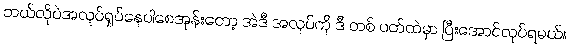
ဘယ်လိုပဲအလုပ်ရှုပ်နေပါစေအုန်းတော့ အဲဒီ အလုပ်ကို ဒီ တစ် ပတ်ထဲမှာ ပြီးအောင်လုပ်ရမယ်။